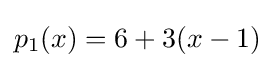
p_{1}(x)=6+3(x-1)